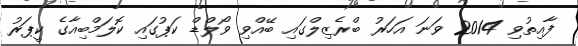
ފާއިތުވި 2014 ވަނަ އަހަރު ބްރެޒިލްގައި ބޭއްވި ވޯލްޑް ކަޕުގައި ކޮލަމްބިއާގެ ކީޕަރު